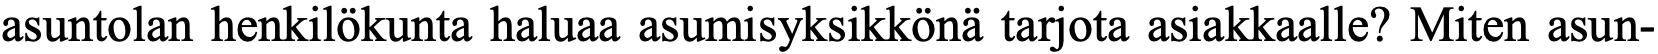
asuntolan henkilökunta haluaa asumisyksikkönä tarjota asiakkaalle? Miten asun-